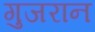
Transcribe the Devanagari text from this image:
गुजरान